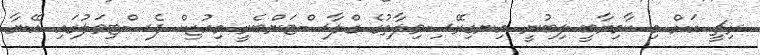
ރިޗީ އަށް މި ކާމިޔާބީ ލިބުނީ އިނގިރޭސިވިލާތުގެ ގްލާސްޓަންބެރީ މިއުޒިކް ފެސްޓިވަލުގައި އޭނާ